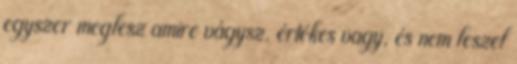
egyszer meglesz amire vágysz. értékes vagy, és nem leszel